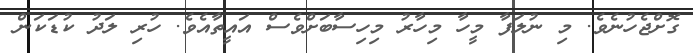
ގޮށްޖެހުނެވެ. މި ނުލަފާ މީހާ މިހާރު މިހިސާބަށްވެސް އައީތާއެވެ. ހުރި ލަދު ކުޑަކަން